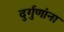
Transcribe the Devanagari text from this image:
दुर्गुणांना